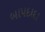
બાપદાદા